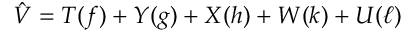
\hat { V } = T ( f ) + Y ( g ) + X ( h ) + W ( k ) + U ( \ell )